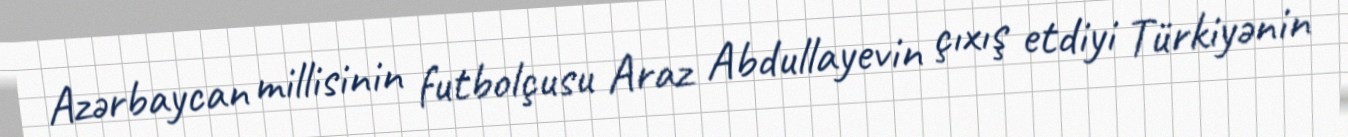
Azərbaycan millisinin futbolçusu Araz Abdullayevin çıxış etdiyi Türkiyənin